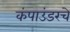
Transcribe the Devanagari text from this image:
कंपाउंडरचे